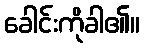
ခေါင်းကိုခါ၏။